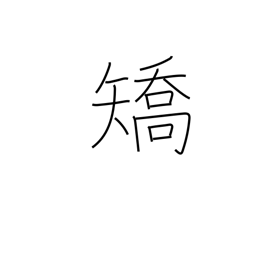
Meaning: cure